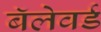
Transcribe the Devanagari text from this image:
बॅलेवर्ड